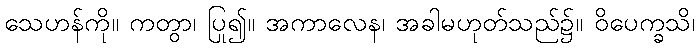
သေဟန်ကို။ ကတွာ၊ ပြု၍။ အကာလေန၊ အခါမဟုတ်သည်၌။ ဝိပေက္ခသိ၊